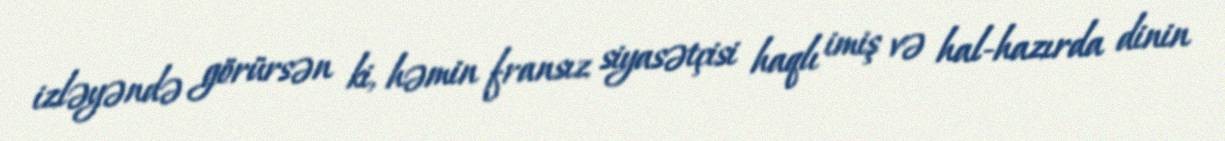
izləyəndə görürsən ki, həmin fransız siyasətçisi haqlı imiş və hal-hazırda dinin